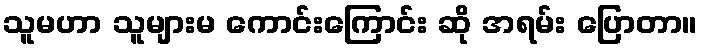
သူမဟာ သူများမ ကောင်းကြောင်း ဆို အရမ်း ပြောတာ။